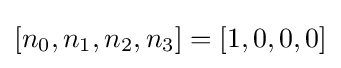
[n_{0},n_{1},n_{2},n_{3}]=[1,0,0,0]